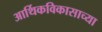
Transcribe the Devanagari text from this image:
आर्थिकविकासाच्या